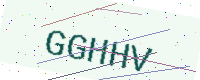
Text: GGHHV